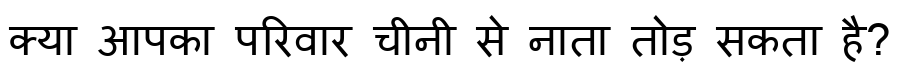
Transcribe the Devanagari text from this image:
क्या आपका परिवार चीनी से नाता तोड़ सकता है?